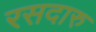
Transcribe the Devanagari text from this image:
रसदारु